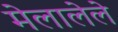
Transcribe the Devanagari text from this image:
मेलालेले